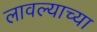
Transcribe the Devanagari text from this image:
लावल्याच्या